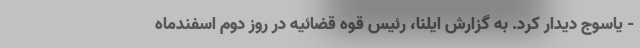
- یاسوج دیدار کرد. به گزارش ایلنا، رئیس قوه قضائیه در روز دوم اسفندماه